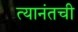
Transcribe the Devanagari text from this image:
त्यानंतची